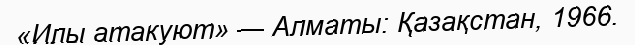
«Илы атакуют» — Алматы: Қазақстан, 1966.